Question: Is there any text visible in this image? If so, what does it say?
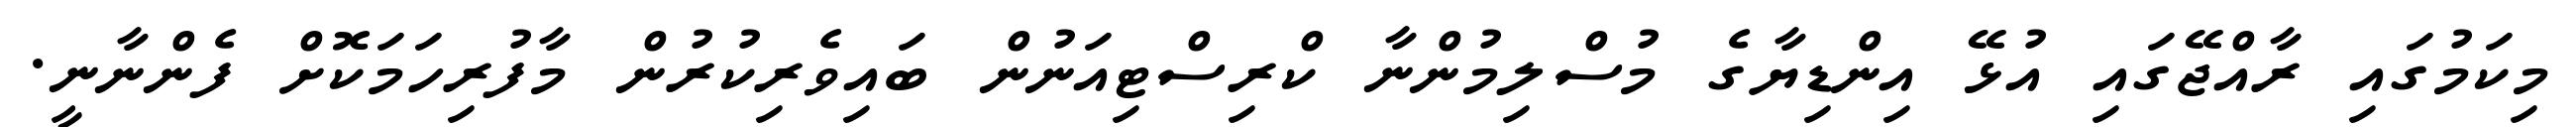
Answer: މިކަމުގައި ރާއްޖޭގައި އުޅޭ އިންޑިޔާގެ މުސްލިމުންނާ ކްރިސްޓިއަނުން ބައިވެރިކުރުން މާފުރިހަމަކޮށް ފެންނާނީ.